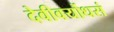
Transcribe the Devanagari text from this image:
देवीवर्योधसं